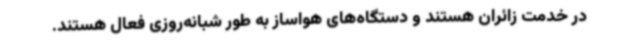
در خدمت زائران هستند و دستگاه‌های هواساز به طور شبانه‌روزی فعال هستند.